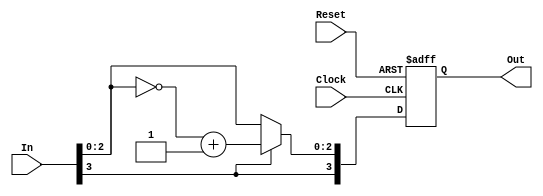
//
//		l\@
//	
/* Portlist
OneBitSigned #(.width()) obs (
		.Clock(Clock),
		.Reset(Reset),
		.In(),
		.Out()
	);
*/

module OneBitSigned
#(
	parameter width = 4
)
(
	input Clock,Reset,
	input [width-1:0] In,
	output reg [width-1:0] Out
);

	always@(posedge Reset or posedge Clock) begin
		if(Reset)begin
			Out		<= 1'b0;
		end else begin
			Out[width-1] 	<= In[width-1];
			
			if(In[width-1] == 1'b1)
				Out[width-2:0]		<= (~In[width-2:0])+1'b1;
			else
				Out[width-2:0]		<= In[width-2:0];
		end
	end

endmodule